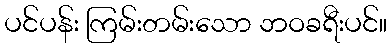
ပင်ပန်း ကြမ်းတမ်းသော ဘဝခရီးပင်။